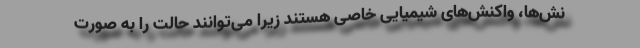
نش‌ها، واکنش‌های شیمیایی خاصی هستند زیرا می‌توانند حالت را به صورت